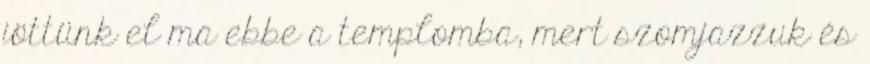
jöttünk el ma ebbe a templomba, mert szomjazzuk és